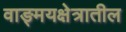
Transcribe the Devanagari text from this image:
वाङ्मयक्षेत्रातील